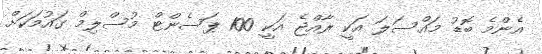
އެންމެ ބޮޑު މައްސަލަ އަކީ ރާއްޖެ އަކީ 100 ޕަސެންޓް މުސްލިމް ގައުމަކަށް